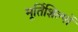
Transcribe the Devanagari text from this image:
मूर्तिशिल्पों